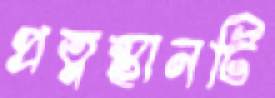
প্রত্নস্থানটি